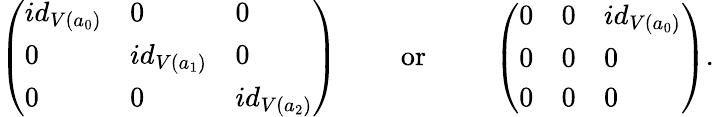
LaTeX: \left(\begin{array}{lll}{id_{V(a_{0})}}&{0}&{0}\\ {0}&{id_{V(a_{1})}}&{0}\\ {0}&{0}&{id_{V(a_{2})}}\end{array}\right)\qquad\mathrm{~or~}\qquad\left(\begin{array}{lll}{0}&{0}&{id_{V(a_{0})}}\\ {0}&{0}&{0}\\ {0}&{0}&{0}\end{array}\right).